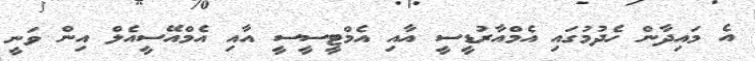
އެ މައިދާން ހެދުމުގައި އެމްއާރުޑީސީ އާއި އެމްޓީސީސީ އާއި އެމްއޭސީއެލް އިން ވަނީ